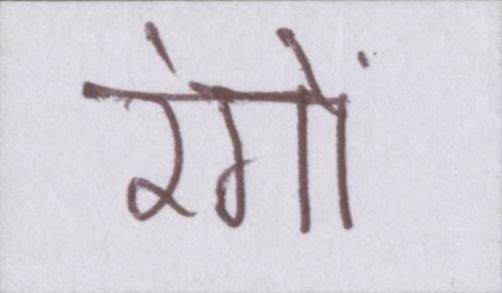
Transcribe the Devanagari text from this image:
रंगों